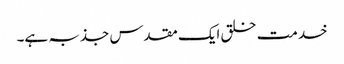
خدمت خلق ایک مقدس جذبہ ہے۔